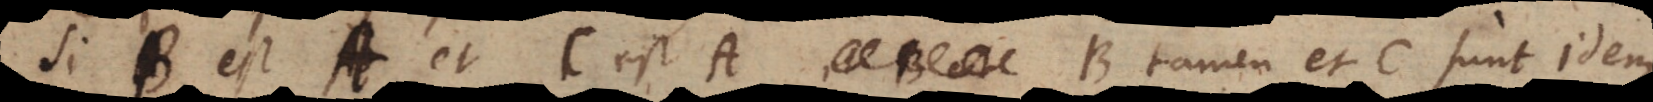
B B est A, et C est A, B tamen et C sunt idem